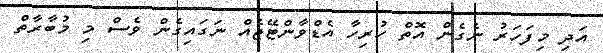
އަދި މިފަހަރު ނެގެން އޮތް ހުރިހާ އެޑްވާންޓޭޖެއް ނަގައިގެން ވެސް މި މުބާރާތް